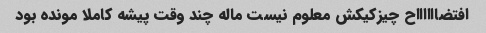
افتضااااااح چیزکیکش معلوم نیست ماله چند وقت پیشه کاملا مونده بود